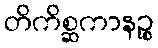
တိကိစ္ဆကာနဉ္စ